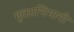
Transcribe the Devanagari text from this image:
मुक्ताभिमानी